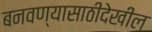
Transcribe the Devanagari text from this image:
बनवण्यासाठीदेखील